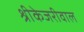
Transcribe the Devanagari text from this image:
श्रीकेजरीवाल